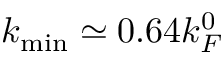
k _ { \mathrm { m i n } } \simeq 0 . 6 4 k _ { F } ^ { 0 }